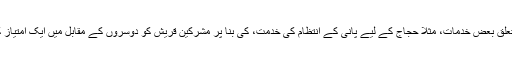
مخاطب وہی لوگ ہیں جو حرم کی تولیت اور اس سے متعلق بعض خدمات، مثلاً حجاج کے لیے پانی کے انتظام کی خدمت، کی بنا پر مشرکین قریش کو دوسروں کے مقابل میں ایک امتیاز کا درجہ دے کر ان کو مستحق رعایت خیال کرتے تھے۔